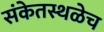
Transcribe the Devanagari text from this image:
संकेतस्थळेच